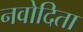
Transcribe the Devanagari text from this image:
नवोदिता